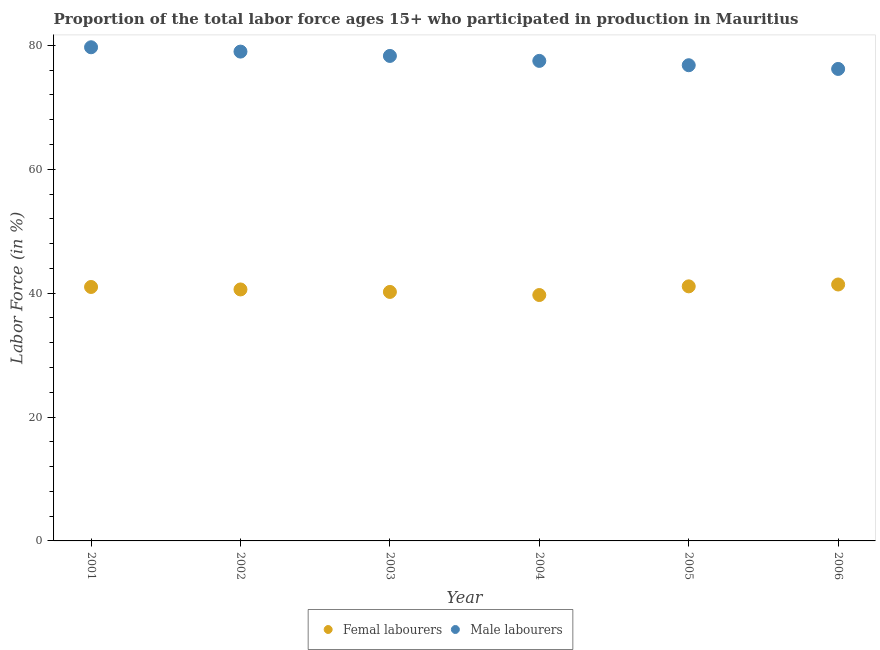
| Year | Femal labourers | Male labourers |
 | --- | --- | --- |
 | 2001 | 41 | 79.7 |
 | 2002 | 40.6 | 79 |
 | 2003 | 40.2 | 78.3 |
 | 2004 | 39.7 | 77.5 |
 | 2005 | 41.1 | 76.8 |
 | 2006 | 41.4 | 76.2 |